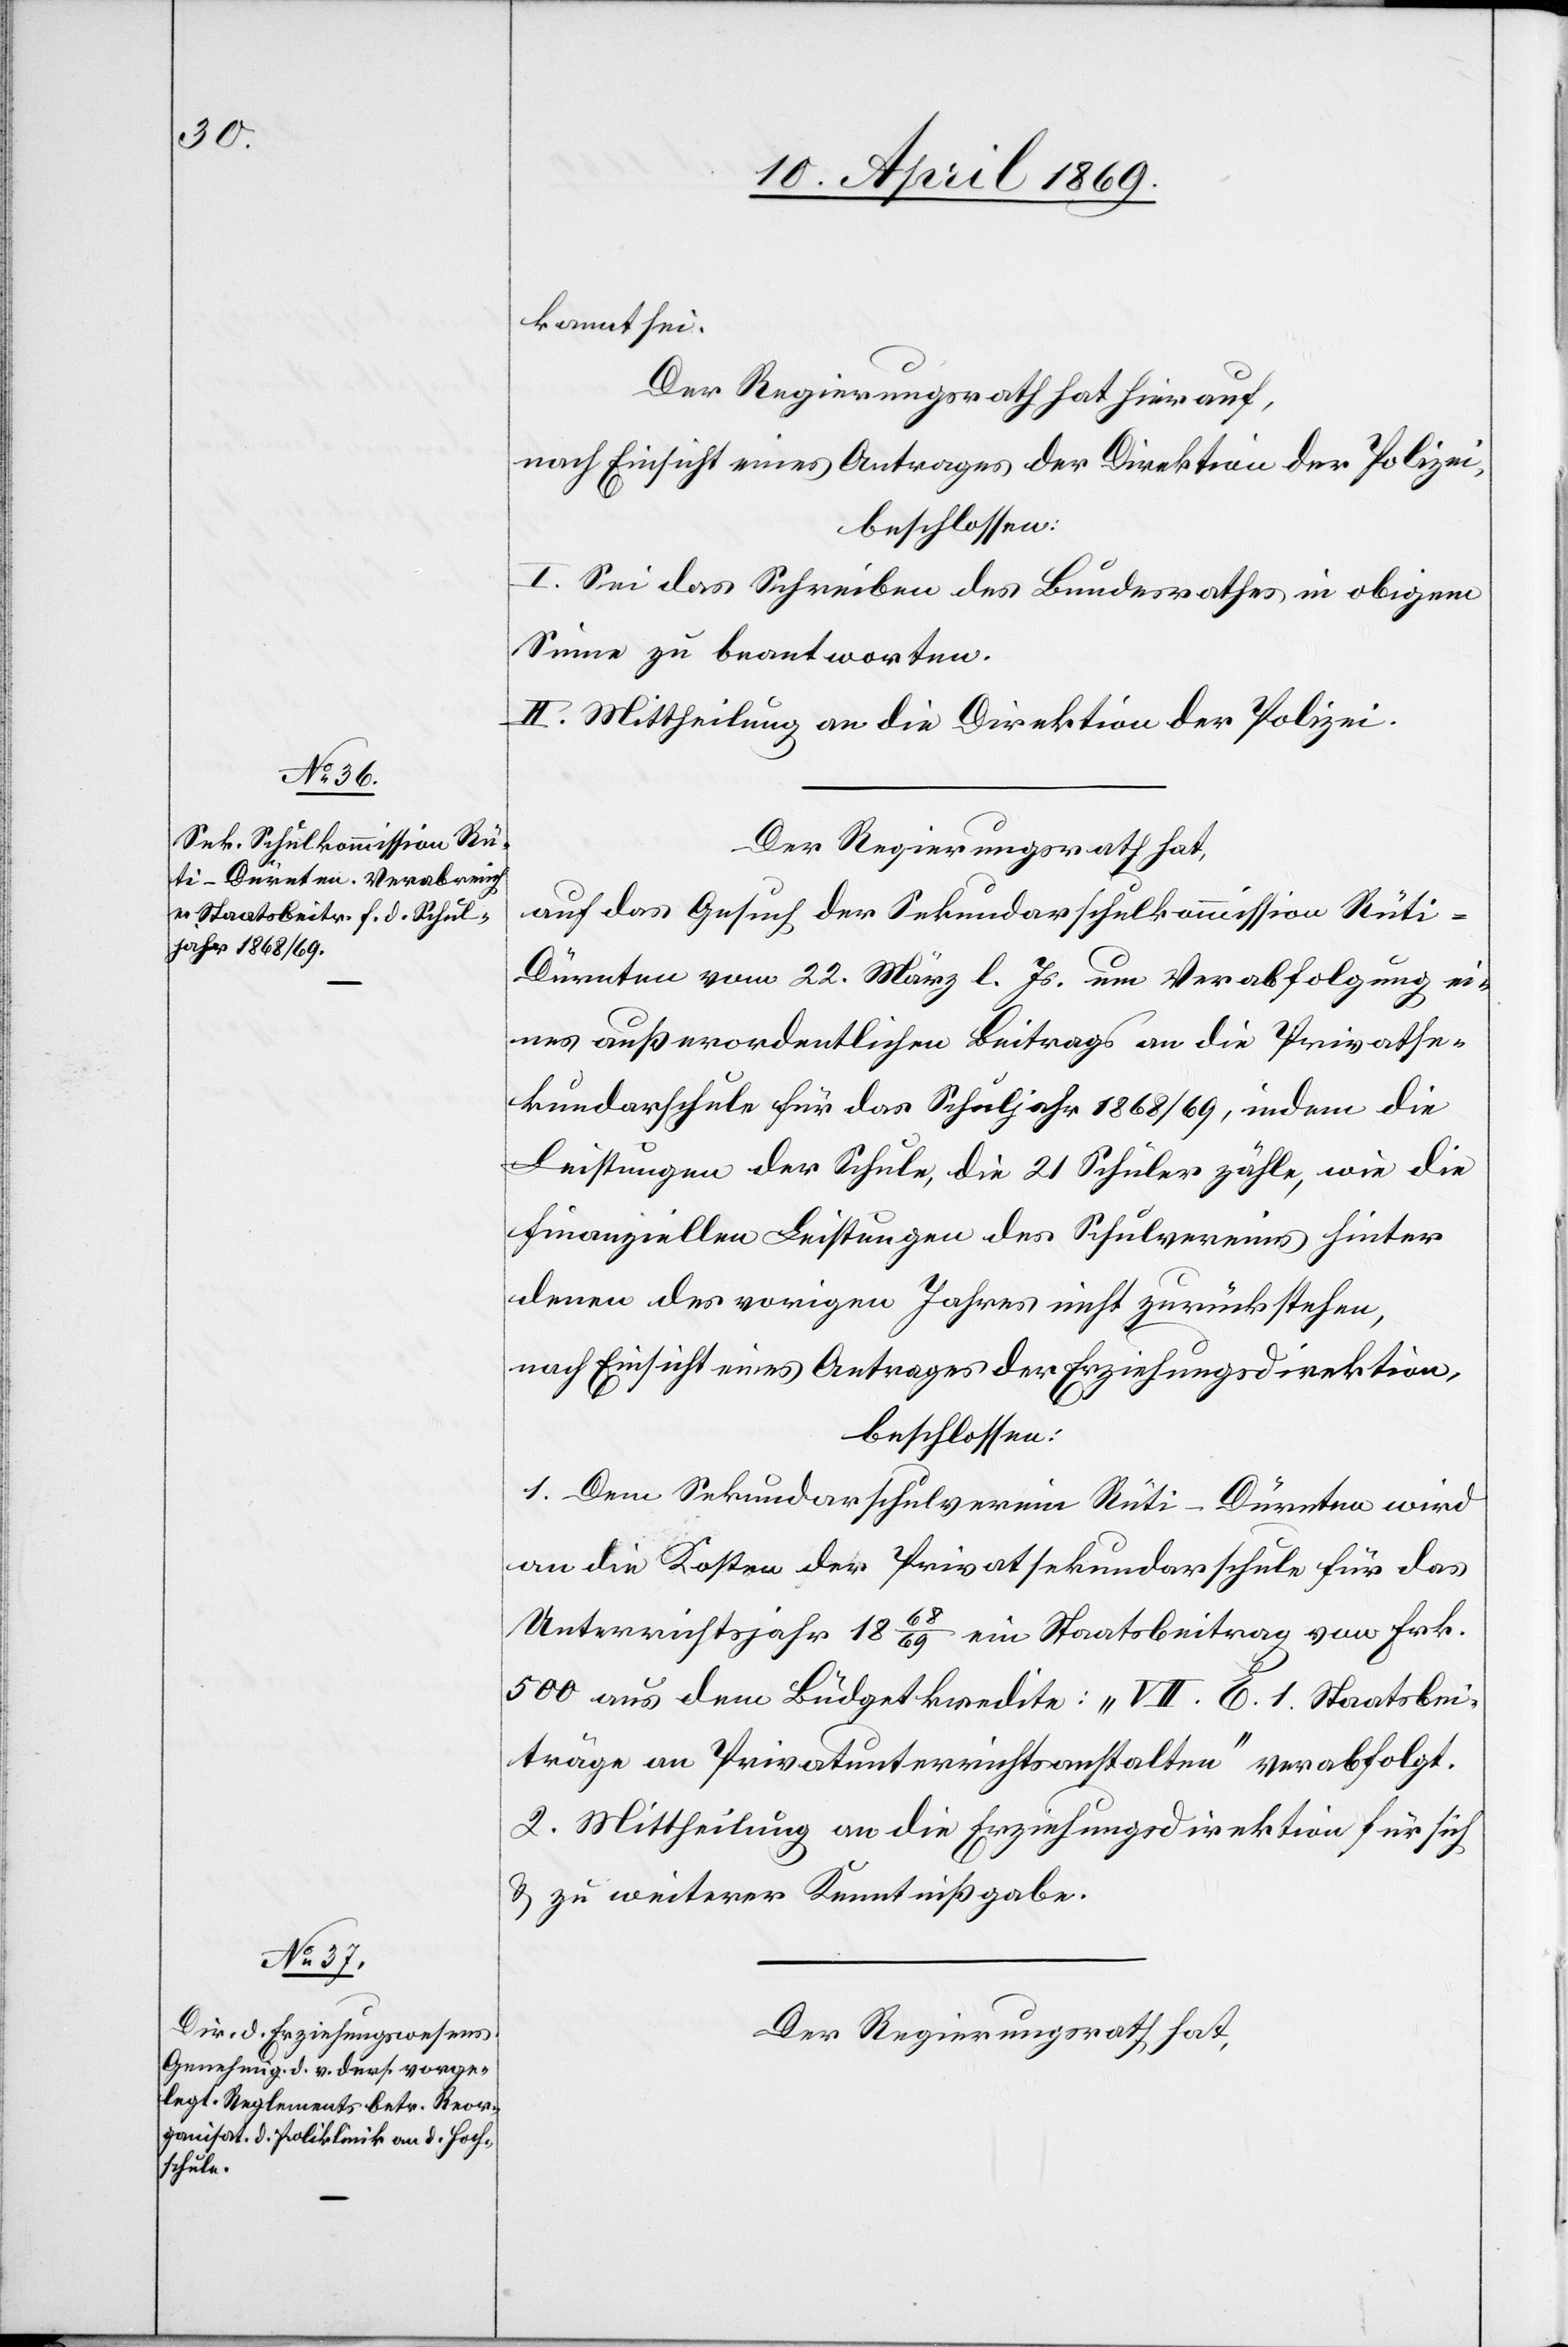
kannt sei.
Der Regierungsrath hat hierauf,
nach Einsicht eines Antrages der Direktion der Polizei,
beschlossen:
I. Sei das Schreiben des Bundesrathes in obigem
Sinne zu beantworten.
II. Mittheilung an die Direktion der Polizei.
Der Regierungsrath hat,
auf das Gesuch der Sekundarschulkommission Rüti-D¬
ürnten vom 22. März l. Js. um Verabfolgung ei¬
nes außerordentlichen Beitrags an die Privatse¬
kundarschule für das Schuljahr 1868/69, indem die
Leistungen der Schule, die 21 Schüler zähle, wie die
finanziellen Leistungen des Schulvereines hinter
denen des vorigen Jahres nicht zurückstehen,
nach Einsicht eines Antrages der Erziehungsdirektion,
beschlossen:
1. Dem Sekundarschulverein Rüti-Dürnten wird
an die Kosten der Privatsekundarschule für das
Unterrichtsjahr 1868/69 ein Staatsbeitrag von Frk.
500 aus dem Büdgetkredite: „VII. E. 1. Staatsbei¬
träge an Privatunterrichtsanstalten“ verabfolgt.
2. Mittheilung an die Erziehungsdirektion für sich
u. zu weiterer Kenntnißgabe.
Der Regierungsrath hat,